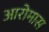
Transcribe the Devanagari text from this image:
आरोमास